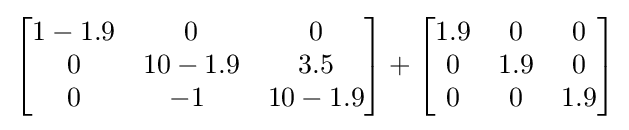
\left[{\begin{matrix}1-1.9&0&0\\0&10-1.9&3.5\\0&-1\ &10-1.9\\\end{matrix}}\right]+\left[{\begin{matrix}1.9&0&0\\0&1.9&0\\0&0&1.9\\\end{matrix}}\right]